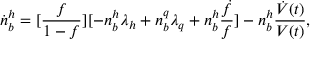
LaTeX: \dot { n } _ { b } ^ { h } = [ { \frac { f } { 1 - f } } ] [ - n _ { b } ^ { h } \lambda _ { h } + n _ { b } ^ { q } \lambda _ { q } + n _ { b } ^ { h } { \frac { \dot { f } } { f } } ] - n _ { b } ^ { h } { \frac { \dot { V } ( t ) } { V ( t ) } } ,